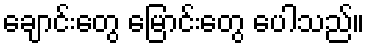
ချောင်းတွေ မြောင်းတွေ ပေါသည်။